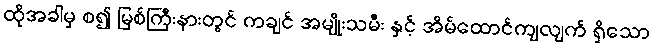
ထိုအခါမှ စ၍ မြစ်ကြီးနားတွင် ကချင် အမျိုးသမီး နှင့် အိမ်ထောင်ကျလျက် ရှိသော